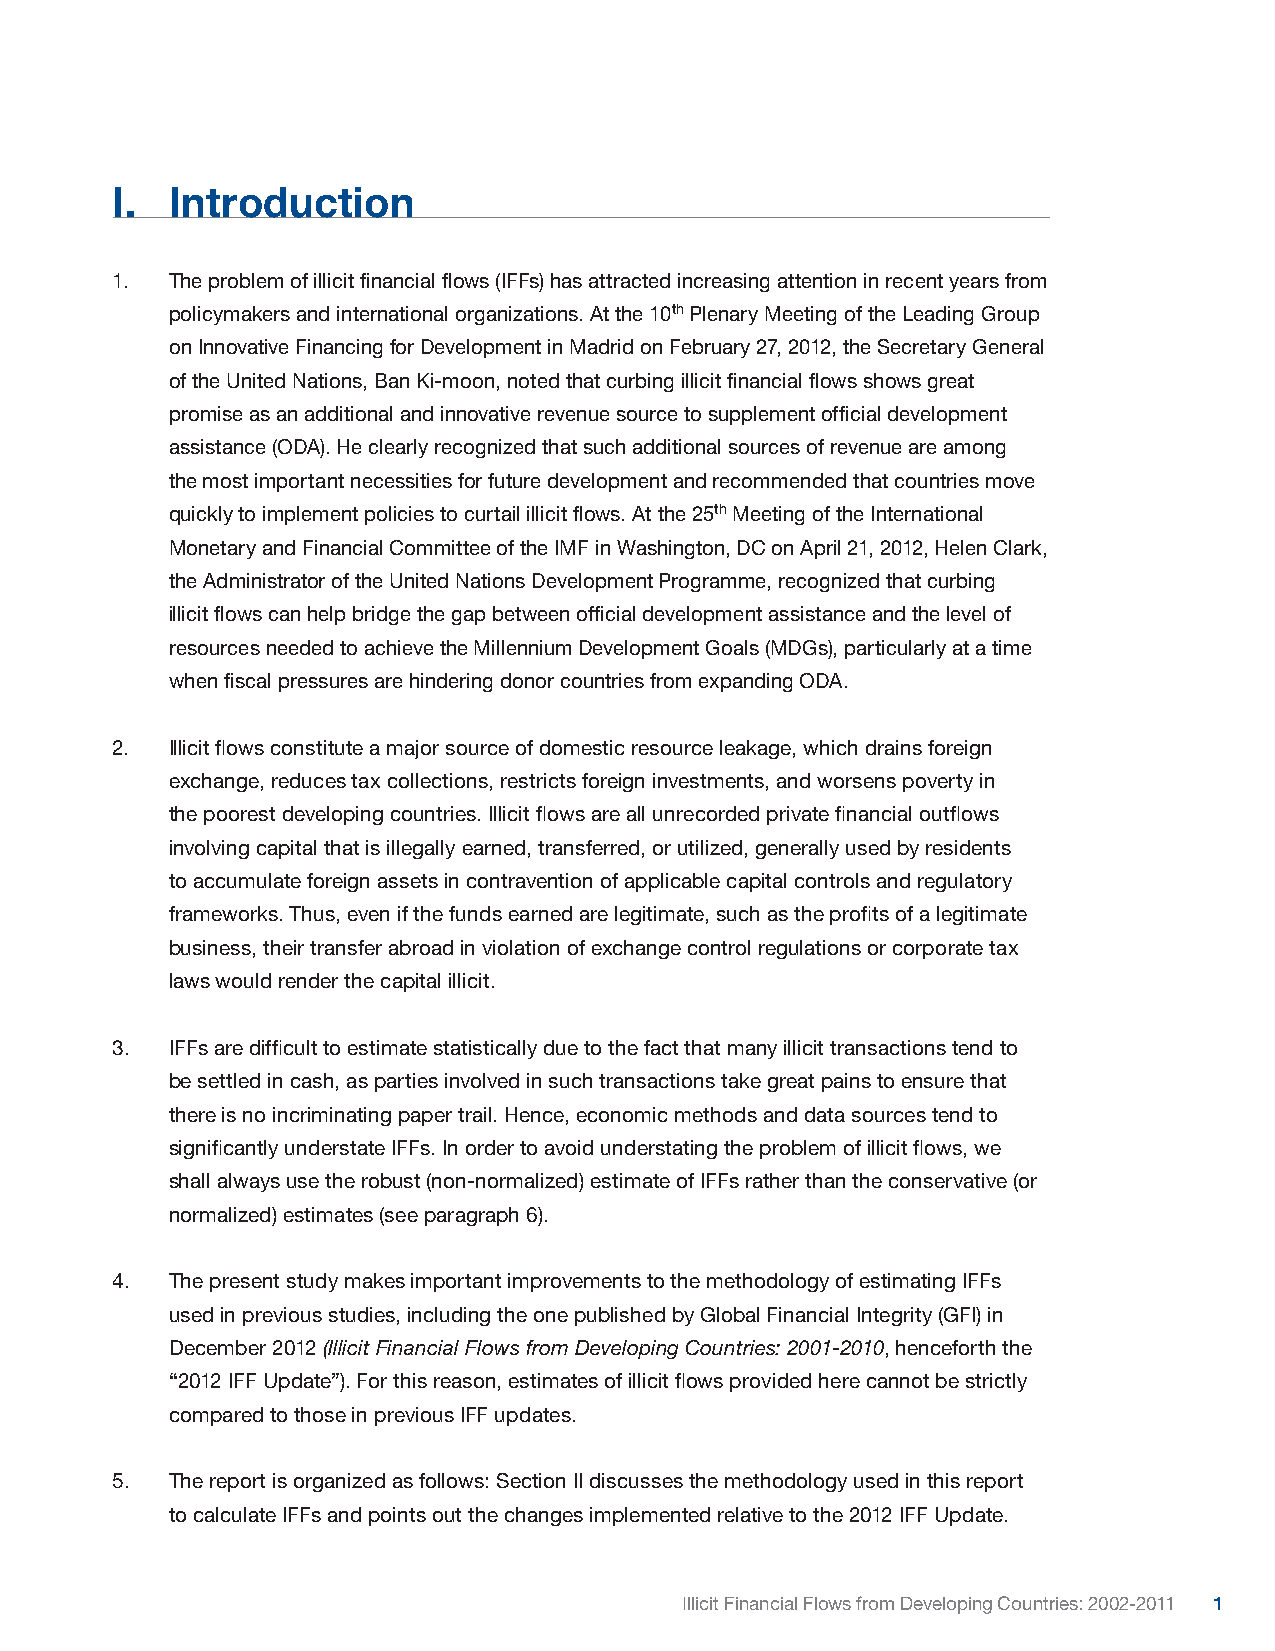
I.  Introduction
 1.  The problem of illicit financial flows (IFFs) has attracted increasing attention in recent years from
 policymakers and international organizations. At the 10th Plenary Meeting of the Leading Group
 on Innovative Financing for Development in Madrid on February 27, 2012, the Secretary General
 of the United Nations, Ban Ki-moon, noted that curbing illicit financial flows shows great
 promise as an additional and innovative revenue source to supplement official development
 assistance (ODA). He clearly recognized that such additional sources of revenue are among
 the most important necessities for future development and recommended that countries move
 quickly to implement policies to curtail illicit flows. At the 25th Meeting of the International
 Monetary and Financial Committee of the IMF in Washington, DC on April 21, 2012, Helen Clark,
 the Administrator of the United Nations Development Programme, recognized that curbing
 illicit flows can help bridge the gap between official development assistance and the level of
 resources needed to achieve the Millennium Development Goals (MDGs), particularly at a time
 when fiscal pressures are hindering donor countries from expanding ODA.
 2.  Illicit flows constitute a major source of domestic resource leakage, which drains foreign
 exchange, reduces tax collections, restricts foreign investments, and worsens poverty in
 the poorest developing countries. Illicit flows are all unrecorded private financial outflows
 involving capital that is illegally earned, transferred, or utilized, generally used by residents
 to accumulate foreign assets in contravention of applicable capital controls and regulatory
 frameworks. Thus, even if the funds earned are legitimate, such as the profits of a legitimate
 business, their transfer abroad in violation of exchange control regulations or corporate tax
 laws would render the capital illicit.
 3.  IFFs are difficult to estimate statistically due to the fact that many illicit transactions tend to
 be settled in cash, as parties involved in such transactions take great pains to ensure that
 there is no incriminating paper trail. Hence, economic methods and data sources tend to
 significantly understate IFFs. In order to avoid understating the problem of illicit flows, we
 shall always use the robust (non-normalized) estimate of IFFs rather than the conservative (or
 normalized) estimates (see paragraph 6).
 4.  The present study makes important improvements to the methodology of estimating IFFs
 used in previous studies, including the one published by Global Financial Integrity (GFI) in
 December 2012 (Illicit Financial Flows from Developing Countries: 2001-2010, henceforth the
 “2012 IFF Update”). For this reason, estimates of illicit flows provided here cannot be strictly
 compared to those in previous IFF updates.
 5.  The report is organized as follows: Section II discusses the methodology used in this report
 to calculate IFFs and points out the changes implemented relative to the 2012 IFF Update.
 Illicit Financial Flows from Developing Countries: 2002-2011 1